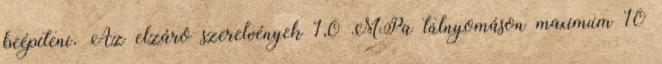
beépíteni. Az elzáró szerelvények 1,0 MPa túlnyomáson maximum 10